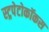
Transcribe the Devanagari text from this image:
स्ट्रपेटोकॉकस